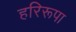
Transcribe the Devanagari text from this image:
हरिरूपा